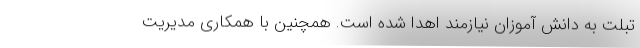
تبلت به دانش آموزان نیازمند اهدا شده است. همچنین با همکاری مدیریت